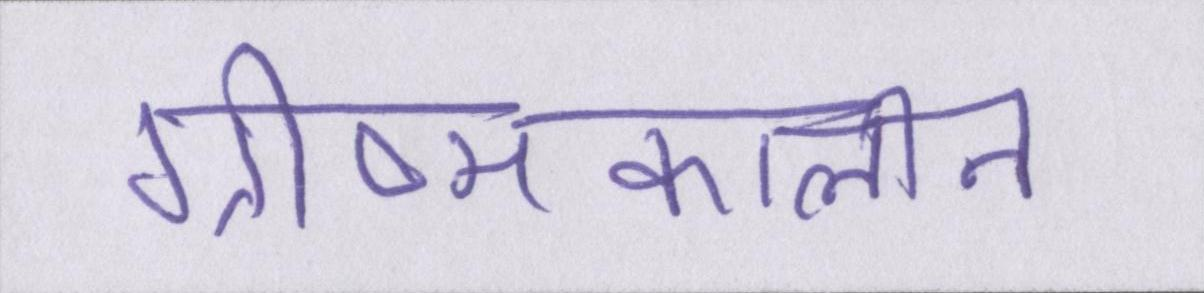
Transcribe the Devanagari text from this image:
ग्रीष्मकालीन